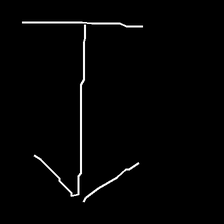
Glyph: levitation